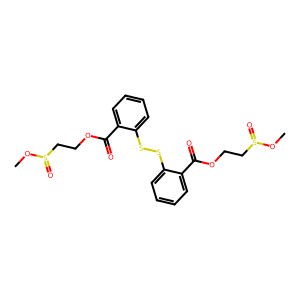
SMILES: COS(=O)CCOC(=O)c1ccccc1SSc1ccccc1C(=O)OCCS(=O)OC
Inhibits HIV replication: Yes